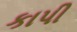
કાપી